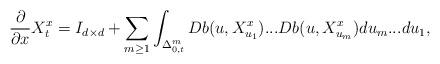
LaTeX: \begin{align*}\frac{\partial }{\partial x}X_{t}^{x}=I_{d\times d}+\sum_{m\geq1}\int_{\Delta_{0,t}^{m}}Db(u,X_{u_{1}}^{x})...Db(u,X_{u_{m}}^{x})du_{m}...du_{1},\end{align*}